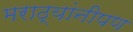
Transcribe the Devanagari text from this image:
मराठ्यांनीपण